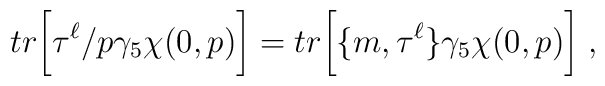
tr\bigg\lbrack \tau^\ell\slash p\gamma_5\chi(0,p)\bigg\rbrack=tr\bigg\lbrack\lbrace m,\tau^\ell\rbrace\gamma_5\chi(0,p)\bigg\rbrack\; ,